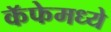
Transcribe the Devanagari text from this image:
कॅफेमध्ये